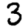
Digit: 3